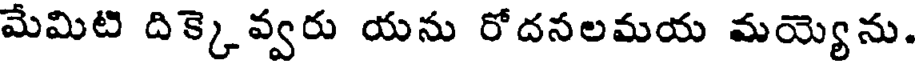
మేమిటి దిక్కెవ్వరు యను రోదనలమయ మయ్యెను.